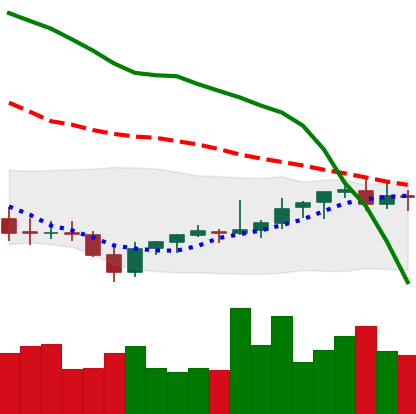
Ticker: EOS-USD
Chart end date: 2021-08-03
Forward return: 6.889%
Label: up_5_7